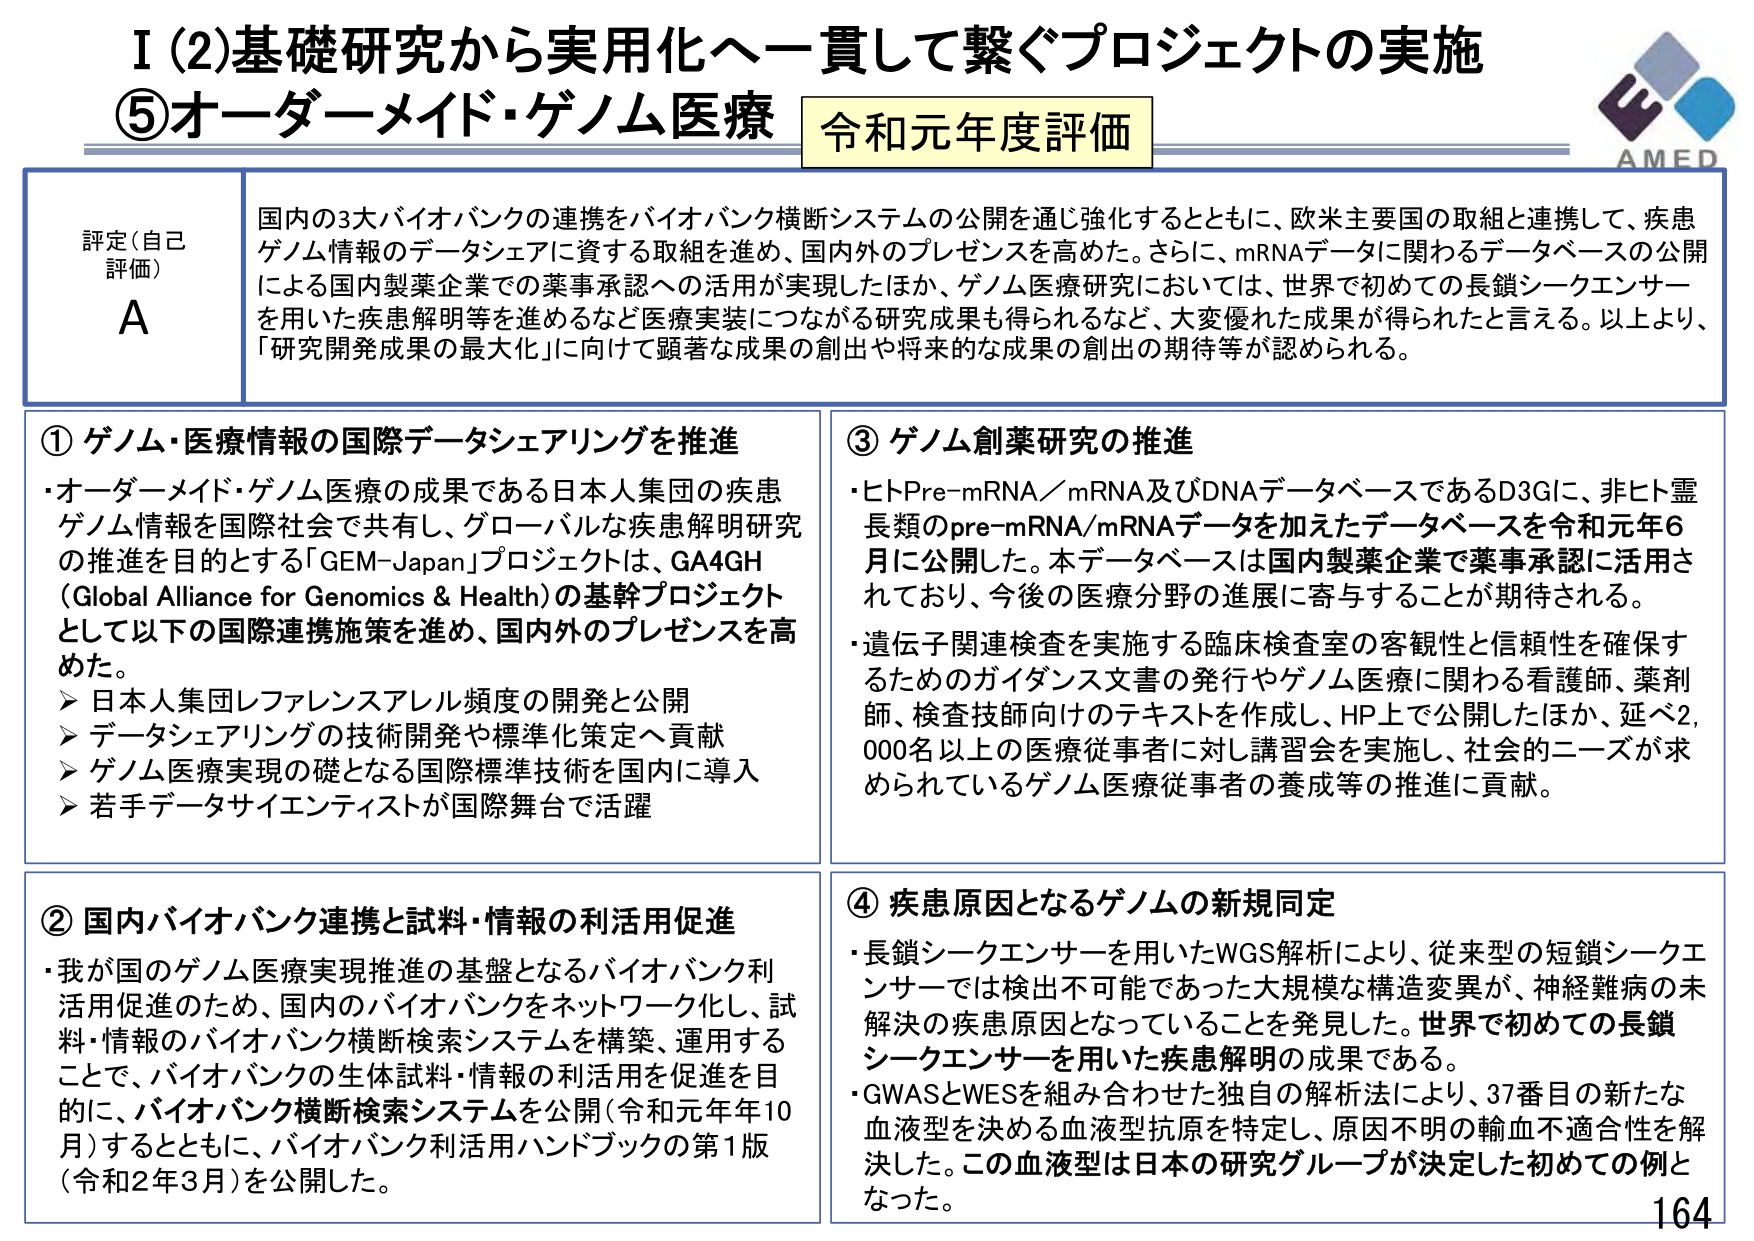
I (2) 基礎研究から実用化へ一貫して繋ぐプロジェクトの実施
⑤ オーダーメード・ゲノム医療 令和元年度評価

AMED

評定（自己評価）
A

国内の3大バイオバンクの連携をバイオバンク横断システムの公開を通じ強化するとともに、欧米主要国の取組と連携して、疾患ゲノム情報のデータシェアに資する取組を進め、国内外のプレゼンスを高めた。さらに、mRNAデータに関わるデータベースの公開による国内製薬企業での薬事承認への活用が実現したほか、ゲノム医療研究においては、世界で初めての長鎖シークエンサーを用いた疾患解明等を進めるなど医療実装につながる研究成果も得られるなど、大変優れた成果が得られたと言える。以上より、「研究開発成果の最大化」に向けて顕著な成果の創出や将来的な成果の創出の期待等が認められる。

① ゲノム・医療情報の国際データシェアリングを推進
・オーダーメード・ゲノム医療の成果である日本人集団の疾患ゲノム情報を国際社会で共有し、グローバルな疾患解明研究の推進を目的とする「GEM-Japan」プロジェクトは、GA4GH（Global Alliance for Genomics & Health）の基幹プロジェクトとして以下の国際連携施策を進め、国内外のプレゼンスを高めた。
　➤ 日本人集団レファレンスアレル頻度の開発と公開
　➤ データシェアリングの技術開発や標準化策定へ貢献
　➤ ゲノム医療実現の礎となる国際標準技術を国内に導入
　➤ 若手データサイエンティストが国際舞台で活躍

② 国内バイオバンク連携と試料・情報の利活用促進
・我が国のゲノム医療実現推進の基盤となるバイオバンク利活用促進のため、国内のバイオバンクをネットワーク化し、試料・情報のバイオバンク横断検索システムを構築、運用することで、バイオバンクの生体試料・情報の利活用を促進を目的に、バイオバンク横断検索システムを公開（令和元年年10月）するとともに、バイオバンク利活用ハンドブックの第1版（令和2年3月）を公開した。

③ ゲノム創薬研究の推進
・ヒトPre-mRNA／mRNA及びDNAデータベースであるD3GIに、非ヒト霊長類のpre-mRNA/mRNAデータを加えたデータベースを令和元年6月に公開した。本データベースは国内製薬企業で薬事承認に活用されており、今後の医療分野の進展に寄与することが期待される。
・遺伝子関連検査を実施する臨床検査室の客観性と信頼性を確保するためのガイダンス文書の発行やゲノム医療に関わる看護師、薬剤師、検査技師向けのテキストを作成し、HP上で公開したほか、延べ2,000名以上の医療従事者に対し講習会を実施し、社会的ニーズが求められているゲノム医療従事者の養成等の推進に貢献。

④ 疾患原因となるゲノムの新規同定
・長鎖シークエンサーを用いたWGS解析により、従来型の短鎖シークエンサーでは検出不可能であった大規模な構造変異が、神経難病の未解決の疾患原因となっていることを発見した。世界で初めての長鎖シークエンサーを用いた疾患解明の成果である。
・GWASとWESを組み合わせた独自の解析法により、37番目の新たな血液型を決める血液型抗原を特定し、原因不明の輸血不適合性を解決した。この血液型は日本の研究グループが決定した初めての例となった。

164